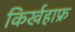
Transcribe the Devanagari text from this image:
किर्खहाफ्र